Annual report on the working of the lock hospitals in the Central Provinces
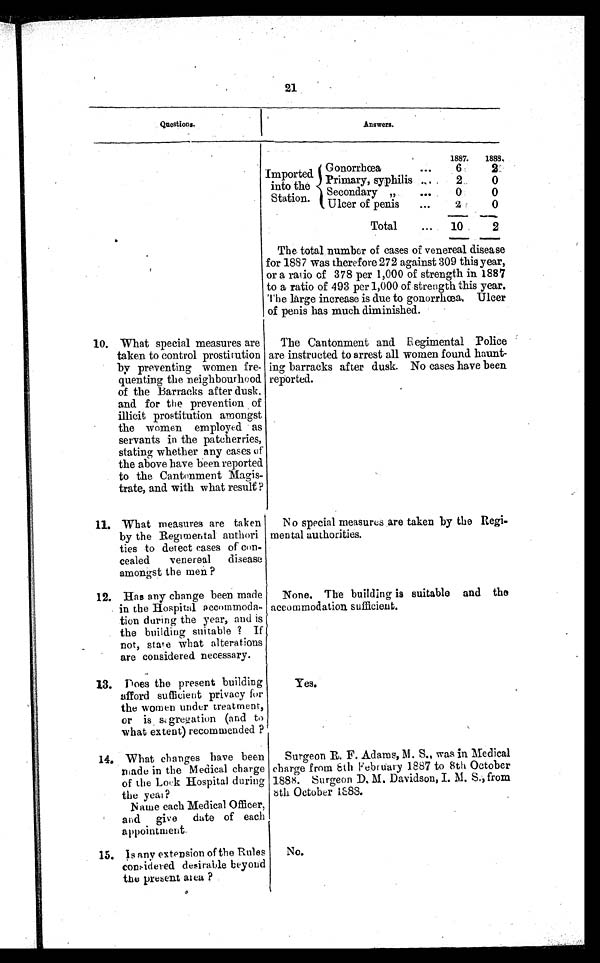
21
Questions.
Answers.
1887. 1888.
Imported
into the
Station.
G onorrhœa
...
6
2
Primary, syphilis ...
2
0
Secondary „
...
0
0
Ulcer of penis
...
2
0
Total
.... 10
2
The total number of cases of venereal disease
for 1887 was therefore 272 against 309 this year,
or a ratio of 378 per 1,000 of strength in 1887
to a ratio of 493 per 1,000 of strength this year.
The large increase is due to gonorrhœa. Ulcer
of penis has much. diminished.
10. What special measures are
taken to control prostitution
by preventing women fre
quenting the neighbourhood
of the Barracks after dusk,
and for the prevention of
illicit prostitution amongst
the women employed as
servants in the patcherries,
stating whether any cases of
the above have been reported
to the Cantonment Magis
trate, and with what result ?
The Cantonment and Regimental Police
are instructed to arrest all women found haunt
ing barracks after dusk. No cases have been
reported.
1 1 . What measures are taken
by the Regimental authori
ties to detect cases of con
cealed venereal disease
amongst the men ?
No special measures are taken by the Regi
mental authorities.
12. Has any change been made
in the Hospital accommoda
tion during the year, and is
the building suitable ? If
not, state what alterations
are considered necessary.
None. The building is suitable and the
accommodation sufficient.
13. Does the present building
afford sufficient privacy for
the women under treatment,
or is sagregation (and to
what extent) recommended ?
Yes.
14. What changes have been
made in the Medical charge
of the Lock Hospital during
the yea
r?Name each Medical Officer,
and give date of each
appointment.
Surgeon R. F. Adams, M. S., was in Medical
charge from 8th February 1887 to 8th October
1888. Surgeon D. M. Davidson, I. M. S., from
8 t h O c t o b e r 1 8 8 8 .
15. Is any extension of the Rules
considered desirable beyond
the present area ?
No.